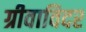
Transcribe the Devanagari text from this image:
ग्रीवाविदर